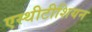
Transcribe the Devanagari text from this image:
एस्थीटीशियन